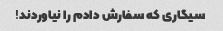
سیگاری که سفارش دادم را نیاوردند!